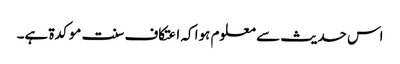
اس حدیث سے معلوم ہوا کہ اعتکاف سنت موکدۃ ہے۔